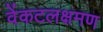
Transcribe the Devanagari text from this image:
वेंकटलक्षमण